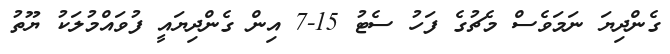
ގެންދިޔަ ނަމަވެސް މެޗުގެ ފަހު ސެޓު 15-7 އިން ގެންދިޔައީ ފުވައްމުލަކު ޔޫތު